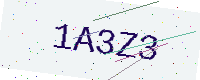
Text: 1A3Z3